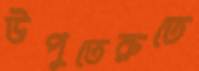
উপুতেরুতে